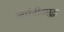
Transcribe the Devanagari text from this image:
जर्मनीतसुद्धा